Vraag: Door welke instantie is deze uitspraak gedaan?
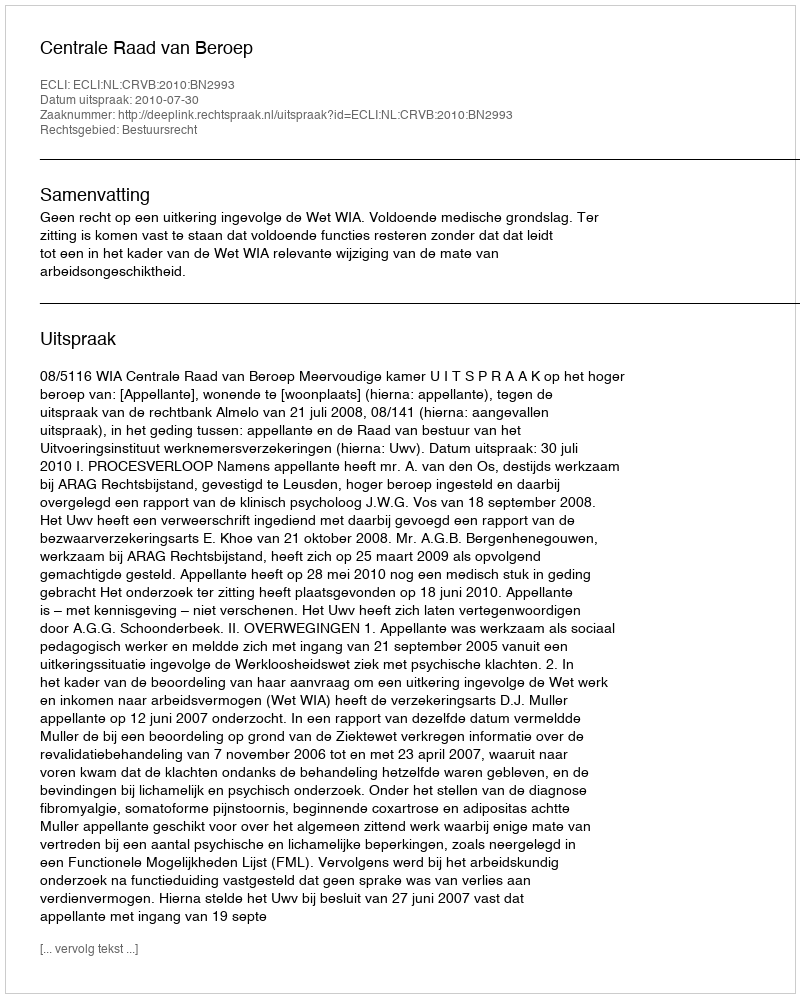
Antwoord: Centrale Raad van Beroep